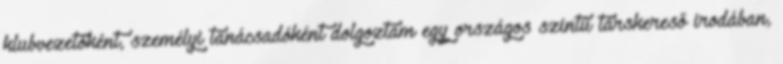
klubvezetőként, személyi tanácsadóként dolgoztam egy országos szintű társkereső irodában,